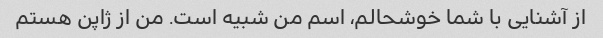
از آشنایی با شما خوشحالم، اسم من شبیه است. من از ژاپن هستم